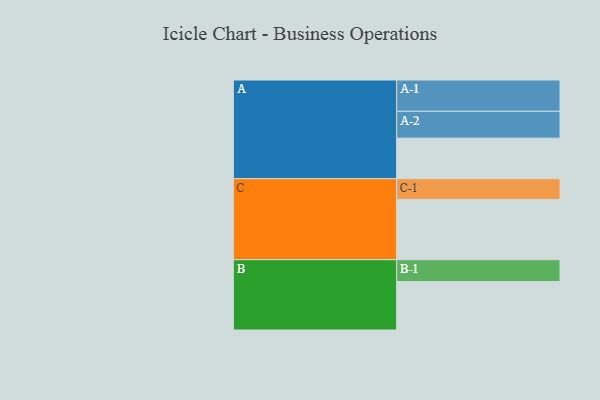
{"axis": {"x": "Segment", "y": "Value"}, "legend": ["", "A", "B", "C"], "data": [{"x": "A", "y": 350, "type": ""}, {"x": "B", "y": 418, "type": ""}, {"x": "C", "y": 520, "type": ""}, {"x": "A-1", "y": 270, "type": "A"}, {"x": "A-2", "y": 232, "type": "A"}, {"x": "B-1", "y": 189, "type": "B"}, {"x": "C-1", "y": 179, "type": "C"}]}